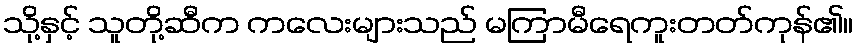
သို့နှင့် သူတို့ဆီက ကလေးများသည် မကြာမီရေကူးတတ်ကုန်၏။